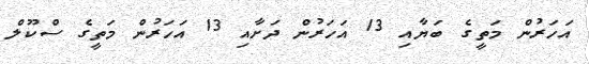
އަހަރުން މަތީގެ ބަޔާއި 13 އަހަރުން ދަށާއި 13 އަހަރުން މަތީގެ ސްކޫލް